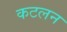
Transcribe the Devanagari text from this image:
कटलन